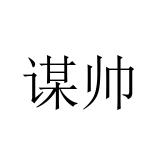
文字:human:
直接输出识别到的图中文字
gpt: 谋帅